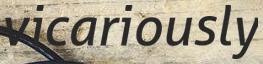
vicariously